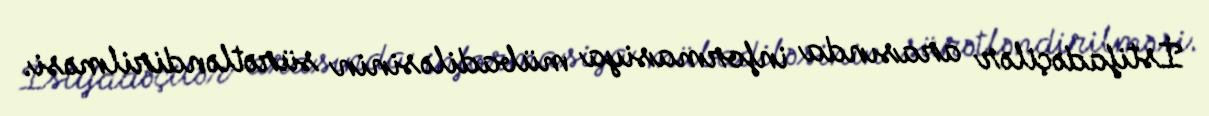
İstifadəçilər arasında informasiya mübadiləsinin sürətləndirilməsi.